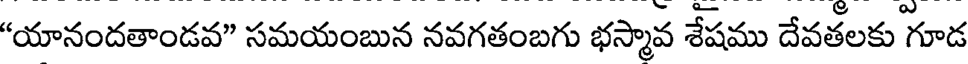
"యానందతాండవ" సమయంబున నవగతంబగు భస్మావ శేషము దేవతలకు గూడ